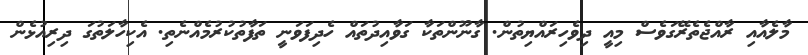
މާލެއާއި ރާއްޖެތެރޭގަވެސް މިއީ ދިވެހިރައްޔިތުން. ގާނޫންތަކާ ގަވާއިދުތައް ހެދިފަވަނީ ތަފާތުކުރުމެއްނެތި. އެކިހާލަތުގަ ދިރިއުޅެން